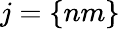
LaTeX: j=\left\{ nm\right\}